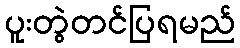
ပူးတွဲတင်ပြရမည်